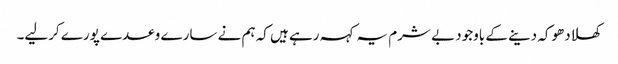
کھلادھوکہ دینے کے باوجود بے شرم یہ کہہ رہے ہیں کہ ہم نے سارے وعدے پورے کرلیے۔